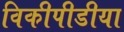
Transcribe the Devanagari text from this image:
विकीपीडीया